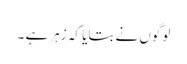
لوگوں نے بتایا کہ زہر ہے ۔